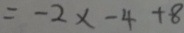
= - 2 x - 4 + 8